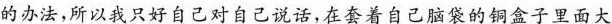
的办法，所以我只好自己对自己说话，在套着自己脑袋的铜盒子里面大